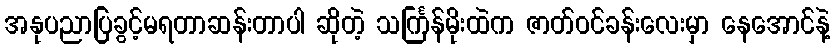
အနုပညာပြခွင့်မရတာဆန်းတာပါ ဆိုတဲ့ သင်္ကြန်မိုးထဲက ဇာတ်ဝင်ခန်းလေးမှာ နေအောင်နဲ့